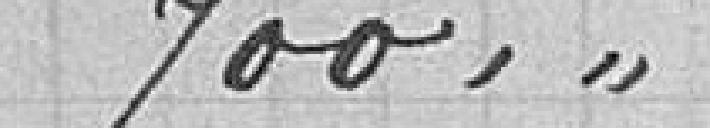
700